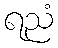
ရညံ